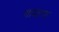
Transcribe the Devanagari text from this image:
गावाना